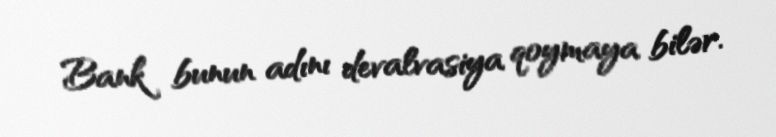
Bank bunun adını devalvasiya qoymaya bilər.